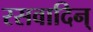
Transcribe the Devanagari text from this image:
रसवादिन्